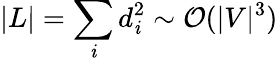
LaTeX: |L|=\sum_{\mathit{i}}d_{\mathit{i}}^{2}\sim\mathcal{{O}}(|V|^{3})